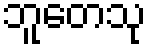
ဘူတေသု